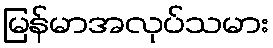
မြန်မာအလုပ်သမား